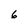
Character: 6